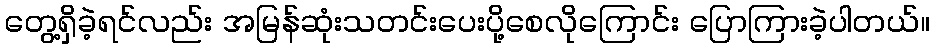
တွေ့ရှိခဲ့ရင်လည်း အမြန်ဆုံးသတင်းပေးပို့စေလိုကြောင်း ပြောကြားခဲ့ပါတယ်။